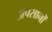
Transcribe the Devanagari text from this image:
अपसानों